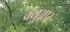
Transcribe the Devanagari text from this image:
क्युआर